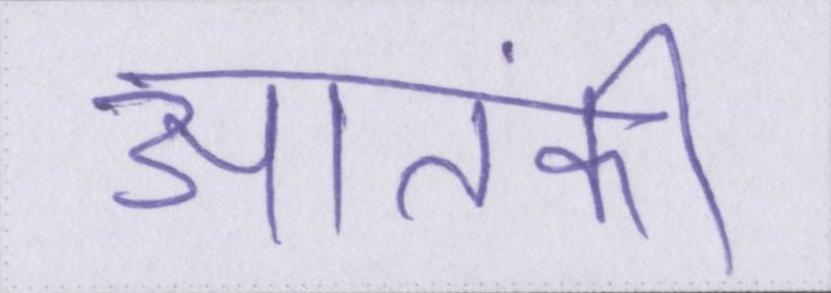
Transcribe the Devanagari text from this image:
आतंकी